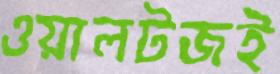
ওয়ালটজই